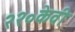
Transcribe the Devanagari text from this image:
२२०केवी